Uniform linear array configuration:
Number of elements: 32
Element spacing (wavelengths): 0.25
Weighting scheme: blackman
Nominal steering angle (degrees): -45
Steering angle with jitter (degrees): -43.256
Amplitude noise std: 0.05
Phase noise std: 0.05

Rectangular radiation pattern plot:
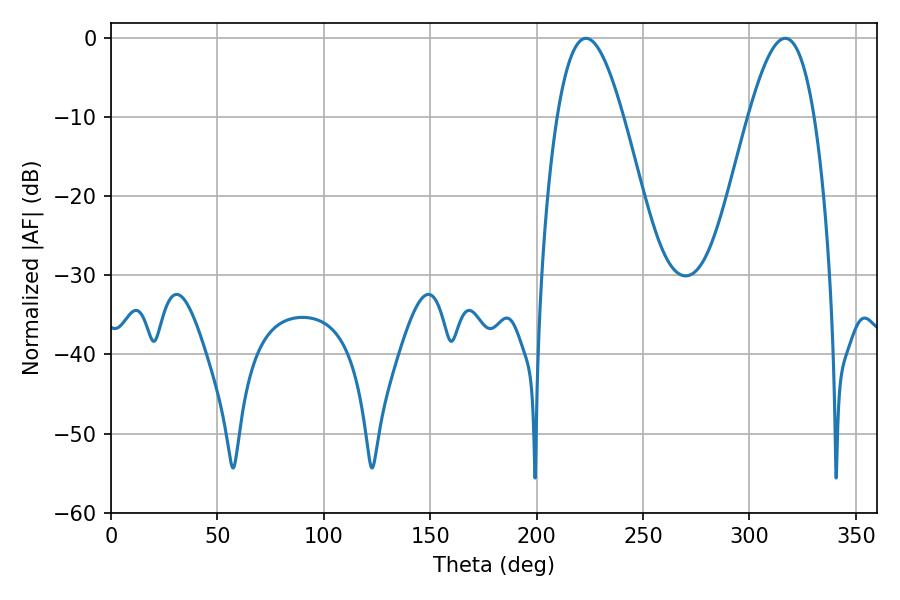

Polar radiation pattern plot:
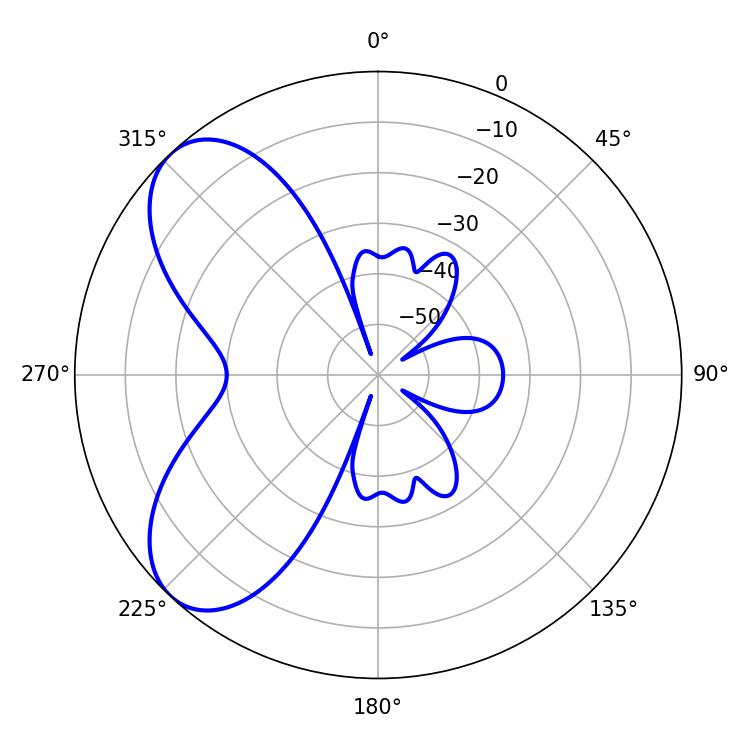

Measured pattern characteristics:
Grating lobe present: FALSE
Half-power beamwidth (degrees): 16.92
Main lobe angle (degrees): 223.2